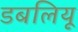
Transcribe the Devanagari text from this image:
डबलियू